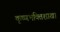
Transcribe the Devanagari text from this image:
कृष्णभक्तिशाखा